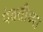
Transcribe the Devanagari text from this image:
पंक्तीच्या